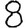
Digit: 8